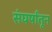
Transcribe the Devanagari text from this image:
संघर्षांतून